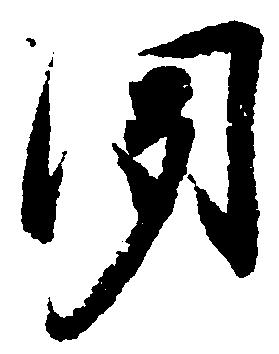
聞